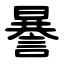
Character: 謈